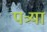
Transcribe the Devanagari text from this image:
पत्र्या